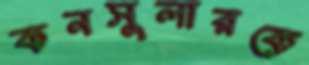
কনসুলারকে